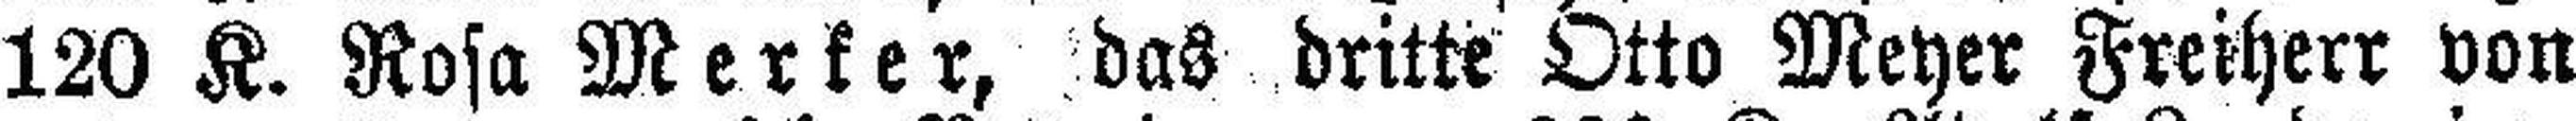
120 K. Rosa Merker, das dritte Otto Meyer Freiherr von